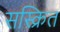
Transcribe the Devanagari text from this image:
सस्क्रित